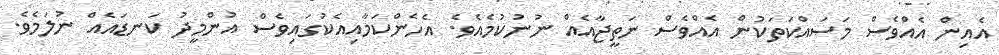
އެއިން އެއްވެސް މަސައްކަތަކުން އެއްވެސް ނަތީޖާއެއް ނުނުކުމެއެވެ. އެހެންކަމާއިއެކުގައިވެސް އުންމީދު ކަނޑައެއް ނުލަމެވެ.